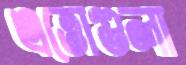
এত্তোগুলা